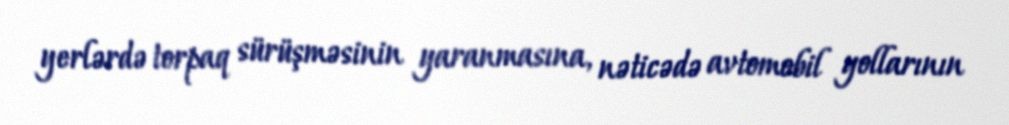
yerlərdə torpaq sürüşməsinin yaranmasına, nəticədə avtomobil yollarının